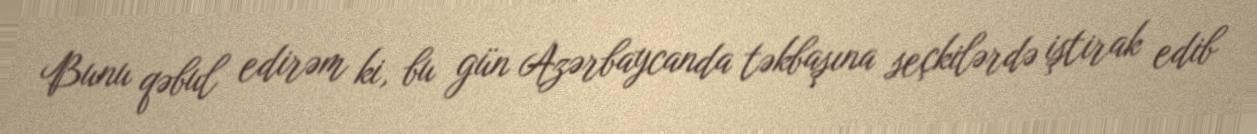
Bunu qəbul edirəm ki, bu gün Azərbaycanda təkbaşına seçkilərdə iştirak edib